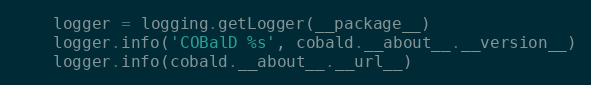
Language: Python
    logger = logging.getLogger(__package__)
    logger.info('COBalD %s', cobald.__about__.__version__)
    logger.info(cobald.__about__.__url__)